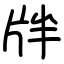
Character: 牉